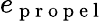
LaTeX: e_{\mathrm{~p~r~o~p~e~l~}}